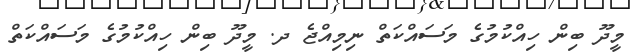
މީދޫ ބިން ހިއްކުމުގެ މަސައްކަތް ނިމިއްޖެ ދ. މީދޫ ބިން ހިއްކުމުގެ މަސައްކަތް